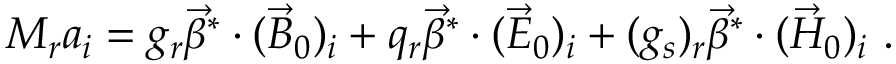
M _ { r } a _ { i } = g _ { r } \vec { \beta } ^ { * } \cdot ( \vec { B } _ { 0 } ) _ { i } + q _ { r } \vec { \beta } ^ { * } \cdot ( \vec { E } _ { 0 } ) _ { i } + ( g _ { s } ) _ { r } \vec { \beta } ^ { * } \cdot ( \vec { H } _ { 0 } ) _ { i } \, \, .